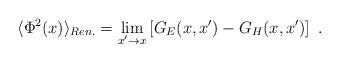
LaTeX: \begin{align*}\langle\Phi^2(x)\rangle_{Ren.}=\lim_{x'\to x}\left[G_E(x,x')-G_H(x,x')\right] \ .\end{align*}